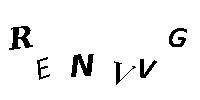
RENVVG